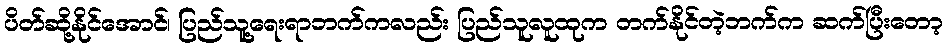
ပိတ်ဆို့နိုင်အောင်၊ ပြည်သူ့ရေးရာဘက်ကလည်း ပြည်သူလူထုက တက်နိုင်တဲ့ဘက်က ဆက်ပြီးတော့